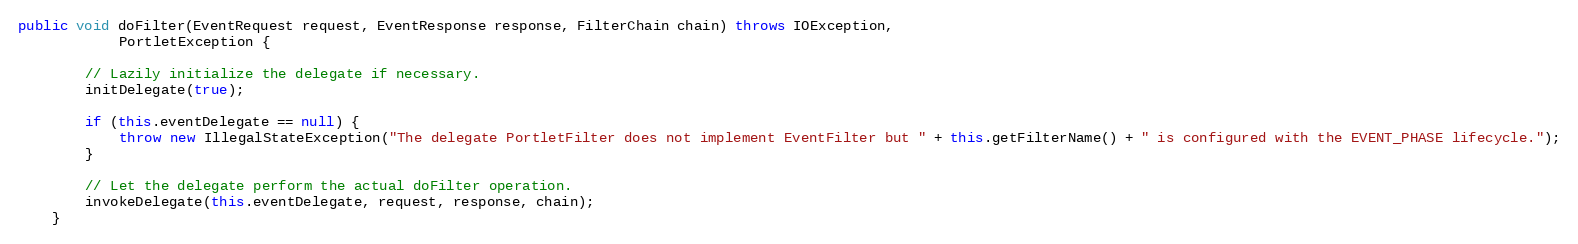
Language: Java
public void doFilter(EventRequest request, EventResponse response, FilterChain chain) throws IOException,
            PortletException {

        // Lazily initialize the delegate if necessary.
        initDelegate(true);

        if (this.eventDelegate == null) {
            throw new IllegalStateException("The delegate PortletFilter does not implement EventFilter but " + this.getFilterName() + " is configured with the EVENT_PHASE lifecycle.");
        }

        // Let the delegate perform the actual doFilter operation.
        invokeDelegate(this.eventDelegate, request, response, chain);
    }